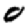
Digit: 0